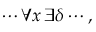
\cdots \forall x \, \exists \delta \cdots ,